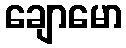
ချောမော